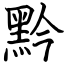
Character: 黔